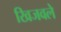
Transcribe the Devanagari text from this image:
खिजवले